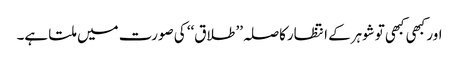
اور کبھی کبھی توشوہرکے انتظارکاصلہ’’ طلاق‘‘ کی صورت میں ملتا ہے۔